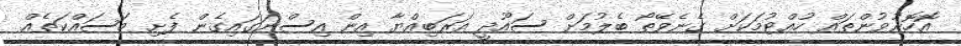
އޮހޮރުވުންތައް ހުއްޓުމަކަށް ގެނެވޭތޯ ބެލުމަށް ސައޫދީ އަރަބިއްޔާ އިން އިސްނަގައިގެން ފެށި މަސައްކަތެއް